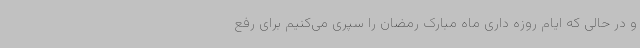
و در حالی که ایام روزه داری ماه مبارک رمضان را سپری می‌کنیم برای رفع